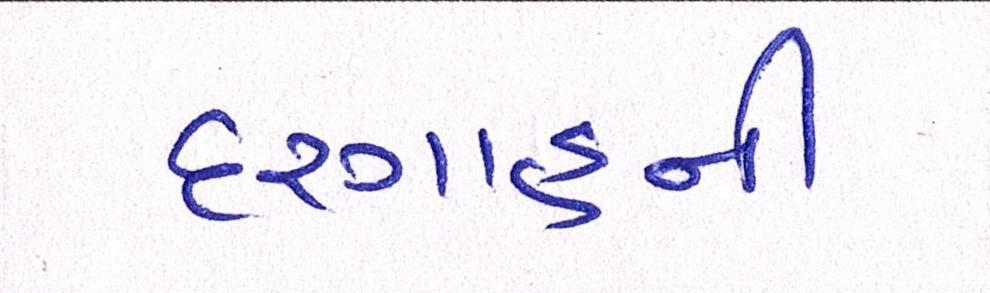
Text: દરગાહની